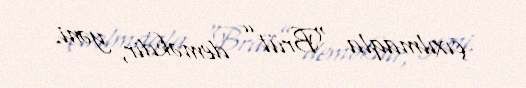
çıxılmaqla “Brüt” deməkdir, yəni.